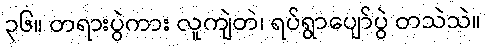
၃၆။ တရားပွဲကား လူကျဲတဲ၊ ရပ်ရွာပျော်ပွဲ တသဲသဲ။